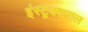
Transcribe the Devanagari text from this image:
इंस्ट्र्क्शनल